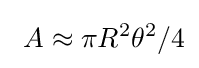
\ A\approx \pi R^{2}\theta ^{2}/4